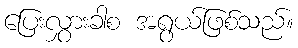
ပြေးလွှားခါစ အရွယ်ဖြစ်သည်။